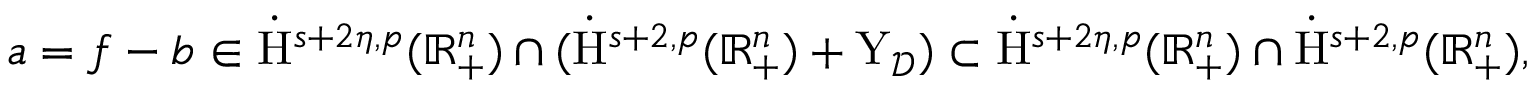
\begin{array} { r } { a = f - b \in \dot { \mathrm { H } } ^ { s + 2 \eta , p } ( \mathbb { R } _ { + } ^ { n } ) \cap ( \dot { \mathrm { H } } ^ { s + 2 , p } ( \mathbb { R } _ { + } ^ { n } ) + \mathrm { Y } _ { \mathcal { D } } ) \subset \dot { \mathrm { H } } ^ { s + 2 \eta , p } ( \mathbb { R } _ { + } ^ { n } ) \cap \dot { \mathrm { H } } ^ { s + 2 , p } ( \mathbb { R } _ { + } ^ { n } ) \mathrm { , ~ } } \end{array}